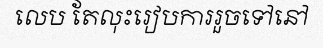
លេប តែលុះរៀបការរួចទៅនៅ